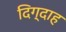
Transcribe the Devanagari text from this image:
दिग्दाह